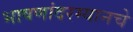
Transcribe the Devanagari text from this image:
भाषणांदरम्यानचे